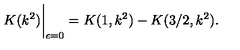
K ( k ^ { 2 } ) \bigg | _ { \epsilon = 0 } = K ( 1 , k ^ { 2 } ) - K ( 3 / 2 , k ^ { 2 } ) .